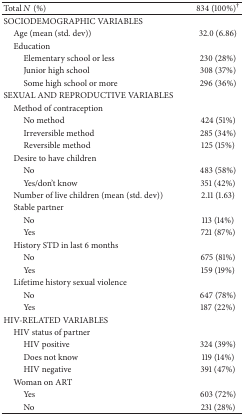
<table><thead><tr><td><b>Total <i>N</i> (%)</b></td><td><b>834 (100%)<sup>†</sup></b></td></tr></thead><tbody><tr><td>SOCIODEMOGRAPHIC VARIABLES</td><td> </td></tr><tr><td> Age (mean (std. dev))</td><td>32.0 (6.86)</td></tr><tr><td> Education</td><td> </td></tr><tr><td>Elementary school or less</td><td>230 (28%)</td></tr><tr><td>Junior high school</td><td>308 (37%)</td></tr><tr><td>Some high school or more</td><td>296 (36%)</td></tr><tr><td>SEXUAL AND REPRODUCTIVE VARIABLES</td><td> </td></tr><tr><td> Method of contraception</td><td> </td></tr><tr><td>No method</td><td>424 (51%)</td></tr><tr><td>Irreversible method</td><td>285 (34%)</td></tr><tr><td>Reversible method</td><td>125 (15%)</td></tr><tr><td> Desire to have children</td><td> </td></tr><tr><td>No</td><td>483 (58%)</td></tr><tr><td>Yes/don&#x27;t know</td><td>351 (42%)</td></tr><tr><td> Number of live children (mean (std. dev))</td><td>2.11 (1.63)</td></tr><tr><td> Stable partner</td><td> </td></tr><tr><td>No</td><td>113 (14%)</td></tr><tr><td>Yes</td><td>721 (87%)</td></tr><tr><td> History STD in last 6 months</td><td> </td></tr><tr><td>No</td><td>675 (81%)</td></tr><tr><td>Yes</td><td>159 (19%)</td></tr><tr><td> Lifetime history sexual violence</td><td> </td></tr><tr><td>No</td><td>647 (78%)</td></tr><tr><td>Yes</td><td>187 (22%)</td></tr><tr><td>HIV-RELATED VARIABLES</td><td> </td></tr><tr><td> HIV status of partner</td><td> </td></tr><tr><td>HIV positive</td><td>324 (39%)</td></tr><tr><td>Does not know</td><td>119 (14%)</td></tr><tr><td>HIV negative</td><td>391 (47%)</td></tr><tr><td> Woman on ART</td><td> </td></tr><tr><td>Yes</td><td>603 (72%)</td></tr><tr><td>No</td><td>231 (28%)</td></tr></tbody></table>